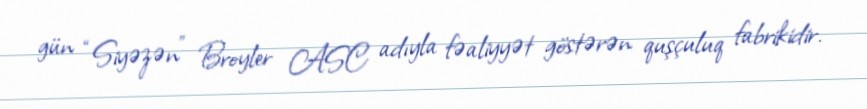
gün “Siyəzən” Broyler ASC adıyla fəaliyyət göstərən quşçuluq fabrikidir.